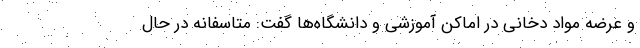
و عرضه مواد دخانی در اماکن آموزشی و دانشگاه‌ها گفت: متاسفانه در حال